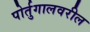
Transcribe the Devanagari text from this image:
पोर्तुगालवरील